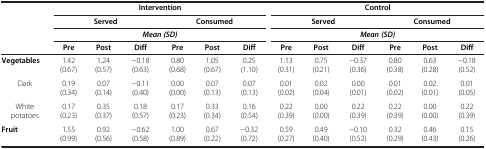
<table><thead><tr><td><b> </b></td><td colspan="6"><b>Intervention</b></td><td colspan="6"><b>Control</b></td></tr><tr><td><b> </b></td><td colspan="3"><b>Served</b></td><td colspan="3"><b>Consumed</b></td><td colspan="3"><b>Served</b></td><td colspan="3"><b>Consumed</b></td></tr><tr><td><b> </b></td><td colspan="6"><b><i>Mean (SD)</i></b></td><td colspan="6"><b><i>Mean (SD)</i></b></td></tr><tr><td><b> </b></td><td><b>Pre</b></td><td><b>Post</b></td><td><b>Diff</b></td><td><b>Pre</b></td><td><b>Post</b></td><td><b>Diff</b></td><td><b>Pre</b></td><td><b>Post</b></td><td><b>Diff</b></td><td><b>Pre</b></td><td><b>Post</b></td><td><b>Diff</b></td></tr></thead><tbody><tr><td><b>Vegetables</b></td><td>1.42 (0.67)</td><td>1.24 (0.57)</td><td>−0.18 (0.63)</td><td>0.80 (0.68)</td><td>1.05 (0.67)</td><td>0.25 (1.10)</td><td>1.13 (0.31)</td><td>0.75 (0.21)</td><td>−0.37 (0.36)</td><td>0.80 (0.38)</td><td>0.63 (0.28)</td><td>−0.18 (0.52)</td></tr><tr><td>Dark</td><td>0.19 (0.34)</td><td>0.07 (0.14)</td><td>−0.11 (0.40)</td><td>0.00 (0.00)</td><td>0.07 (0.13)</td><td>0.07 (0.13)</td><td>0.01 (0.02)</td><td>0.02 (0.04)</td><td>0.00 (0.01)</td><td>0.01 (0.02)</td><td>0.02 (0.01)</td><td>0.01 (0.05)</td></tr><tr><td>White potatoes</td><td>0.17 (0.23)</td><td>0.35 (0.37)</td><td>0.18 (0.57)</td><td>0.17 (0.23)</td><td>0.33 (0.34)</td><td>0.16 (0.54)</td><td>0.22 (0.39)</td><td>0.00 (0.00)</td><td>0.22 (0.39)</td><td>0.22 (0.39)</td><td>0.00 (0.00)</td><td>0.22 (0.39)</td></tr><tr><td><b>Fruit</b></td><td>1.55 (0.99)</td><td>0.92 (0.56)</td><td>−0.62 (0.58)</td><td>1.00 (0.89)</td><td>0.67 (0.22)</td><td>−0.32 (0.72)</td><td>0.59 (0.27)</td><td>0.49 (0.40)</td><td>−0.10 (0.52)</td><td>0.32 (0.29)</td><td>0.46 (0.43)</td><td>0.15 (0.26)</td></tr></tbody></table>